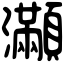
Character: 𤅎